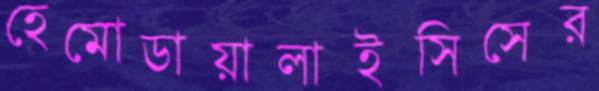
হেমোডায়ালাইসিসের